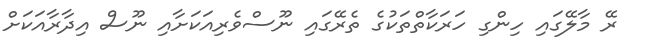
ރޭ މާލޭގައި ހިންގި ހަރަކާތްތަކުގެ ތެރޭގައި ނޫސްވެރިއަކަށާއި ނޫސް އިދާރާއަކަށް